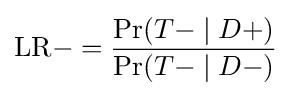
{\text{LR}}-={\frac {\Pr({T-}\mid D+)}{\Pr({T-}\mid D-)}}